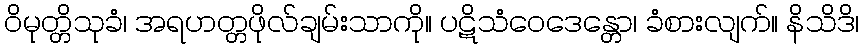
ဝိမုတ္တိသုခံ၊ အရဟတ္တဖိုလ်ချမ်းသာကို။ ပဋိသံဝေဒေန္တော၊ ခံစားလျက်။ နိသိဒိ၊